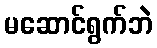
မဆောင်ရွက်ဘဲ